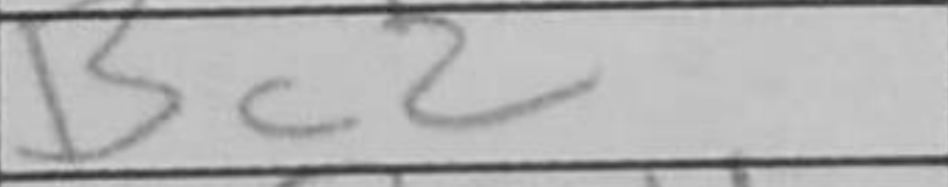
Transcription: Bc2